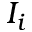
I _ { i }